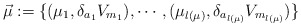
\begin{align*}\vec{\mu} := \{ ( \mu_1 , \delta_{a_1}V_{m_1}), \cdots, (\mu_{l(\mu)} , \delta_{a_{l(\mu)}} V_{m_{l(\mu)}} ) \}\end{align*}